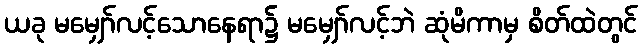
ယခု မမျှော်လင့်သောနေရာ၌ မမျှော်လင့်ဘဲ ဆုံမိကာမှ စိတ်ထဲတွင်